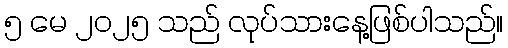
၅ မေ ၂၀၂၅ သည် လုပ်သားနေ့ဖြစ်ပါသည်။